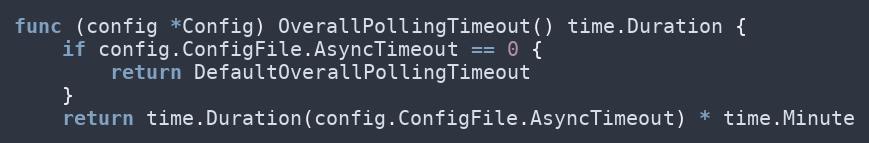
Language: Go
func (config *Config) OverallPollingTimeout() time.Duration {
	if config.ConfigFile.AsyncTimeout == 0 {
		return DefaultOverallPollingTimeout
	}
	return time.Duration(config.ConfigFile.AsyncTimeout) * time.Minute